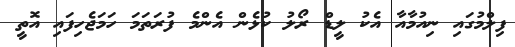
ފިލްމުގައި ނިއުމާއާ އެކު ލީޑް ރޯލު ކުޅެން އެންމެ ފުރަތަމަ ހަމަޖެހިފައި އޮތީ